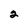
Character: 2